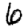
Digit: 6